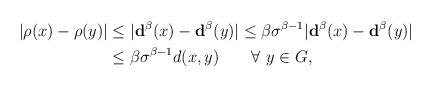
LaTeX: \begin{align*} |\rho(x)-\rho(y)| & \leq |\mathbf{d}^\beta(x)-\mathbf{d}^\beta(y)| \leq \beta\sigma^{\beta-1}|\mathbf{d}^\beta(x)-\mathbf{d}^\beta(y)| \\ & \leq \beta\sigma^{\beta-1}d(x,y)\qquad\forall\,\,y\in G, \end{align*}